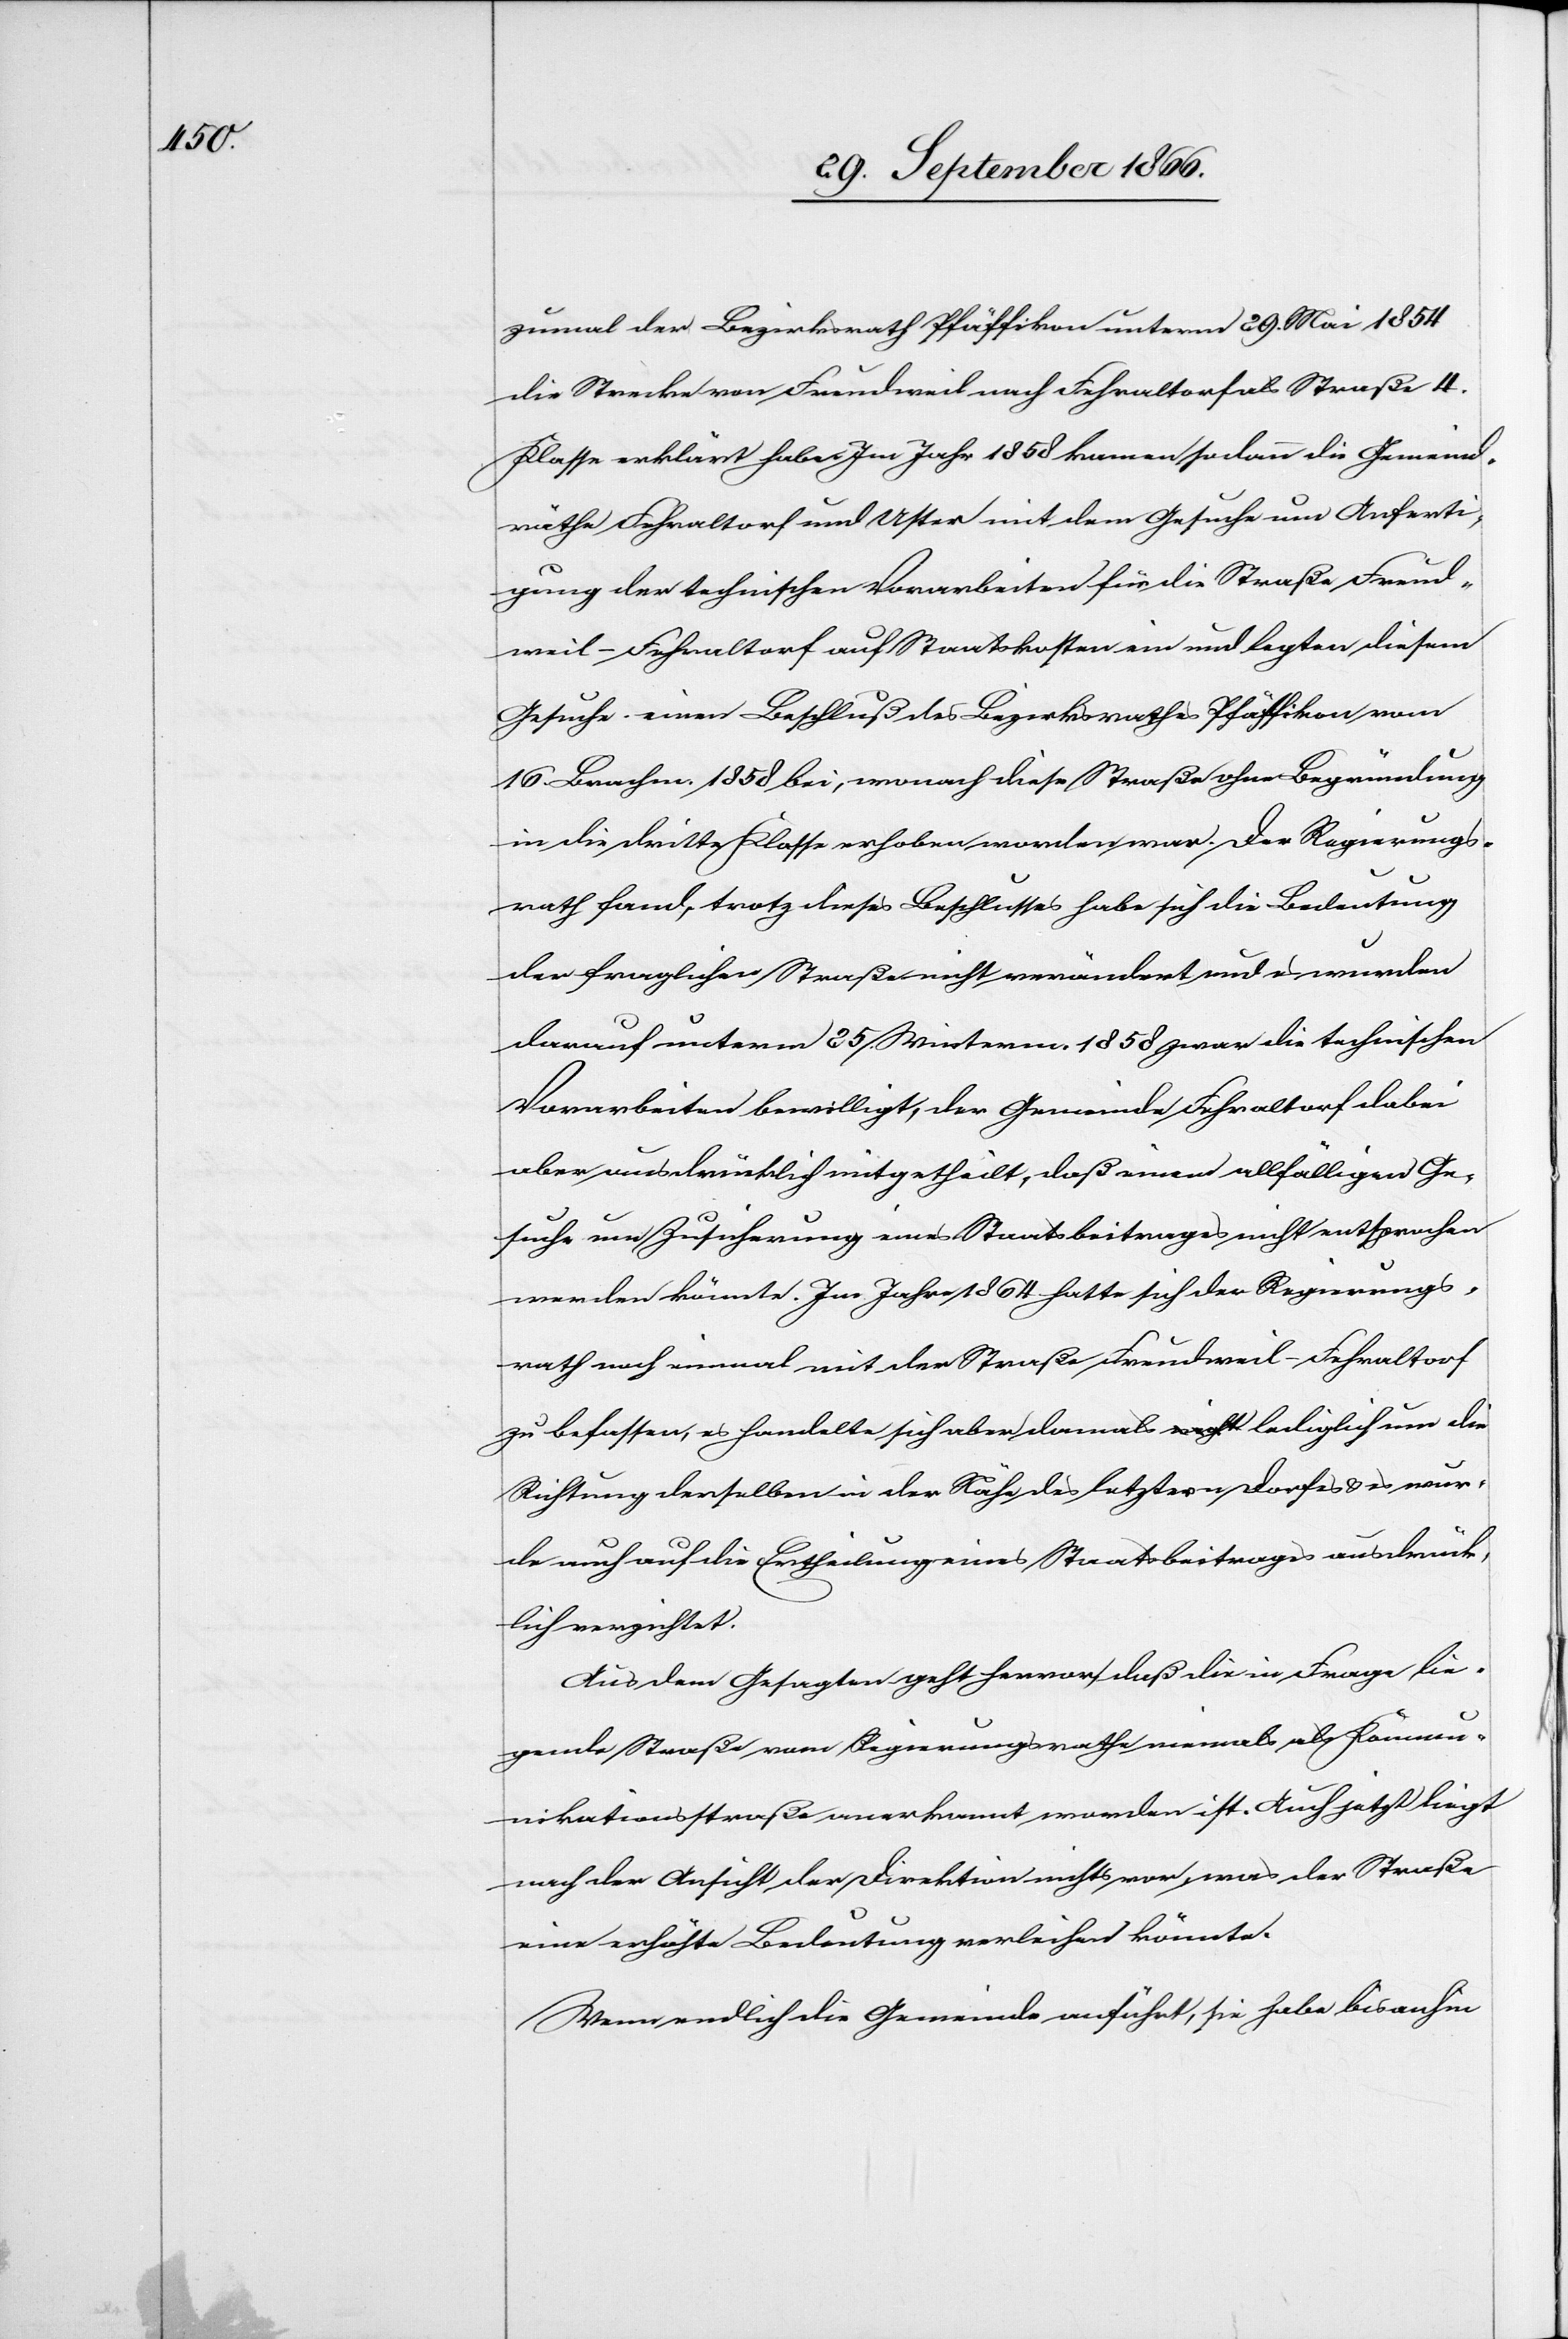
zumal der Bezirksrath Pfäffikon unterm 29. Mai 1854
die Strecke von Freudweil nach Fehraltorf als Straße 4.
Klasse erklärt habe. Im Jahr 1858 kamen sodann die Gemeind¬
räthe Fehraltorf und Uster mit dem Gesuche um Anferti¬
gung der technischen Vorarbeiten für die Straße Freud¬
weil–Fehraltorf auf Staatskosten ein und legten diesem
Gesuche einen Beschluß des Bezirksrathes Pfäffikon vom
16. Brachm. 1858 bei, wonach diese Straße ohne Begründung
in die dritte Klasse erhoben worden war. Der Regierungs¬
rath fand, trotz dieses Beschlusses habe sich die Bedeutung
der fraglichen Straße nicht verändert und es wurden
darauf unterm 25. Winterm. 1858 zwar die technischen
Vorarbeiten bewilligt, der Gemeinde Fehraltorf dabei
aber ausdrüklich mitgetheilt, daß einem allfälligen Ge¬
suche um Zusicherung eines Staatsbeitrages nicht entsprochen
werden könnte. Im Jahr 1864 hatte sich der Regierungs¬
rath noch einmal mit der Straße Freudweil–Fehraltorf
zu befassen, es handelte sich aber damals a-nicht-a lediglich um die
Richtung derselben in der Nähe des letztern Dorfes u. es wur¬
de auch auf die Ertheilung eines Staatsbeitrages ausdrük¬
lich verzichtet.
Aus dem Gesagten geht hervor, daß die in Frage lie¬
gende Straße vom Regierungsrathe niemals als Kommu¬
nikationsstraße anerkannt worden ist. Auch jetzt liegt
nach der Ansicht der Direktion nichts vor, was der Straße
eine erhöhte Bedeutung verleihen könnte.
Wenn endlich die Gemeinde anführt, sie habe bis anhin